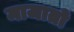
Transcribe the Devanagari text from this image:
माजातो